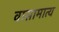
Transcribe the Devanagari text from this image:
वासामात्य